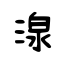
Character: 湶